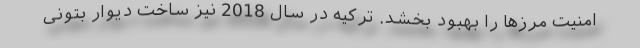
امنیت مرزها را بهبود بخشد. ترکیه در سال 2018 نیز ساخت دیوار بتونی